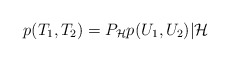
\begin{align*}p(T_1, T_2)=P_\mathcal{H}p(U_1, U_2)|\mathcal{H}\end{align*}